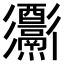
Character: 𨤅